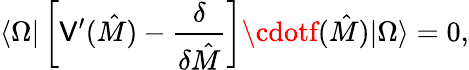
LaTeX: \langle\Omega|\left[\mathsf{V}^{\prime}(\hat{{M}})-{\frac{{\delta}}{{\delta\hat{{M}}}}}\right]\cdotf(\hat{{M}})|\Omega\rangle=0,